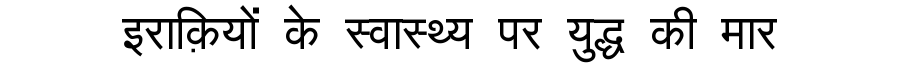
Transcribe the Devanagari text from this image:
इराक़ियों के स्वास्थ्य पर युद्ध की मार